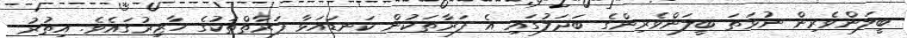
ބީލަންވެެރިން ނުވަތަ ބީލަންވެރިންގެ ބަދަލުގައި އެ ފަރާތަކުން ކަނޑައަޅާ ފަރާތްތަކުގެ ހާޒިރުގައެވެ. އިތުރު